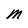
Character: M